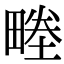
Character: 畻